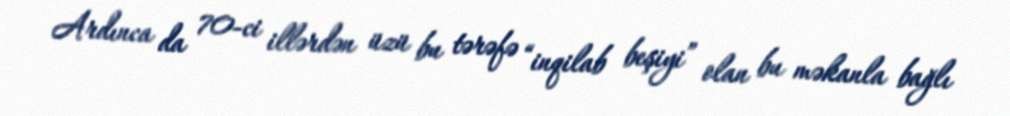
Ardınca da 70-ci illərdən üzü bu tərəfə “inqilab beşiyi” olan bu məkanla bağlı